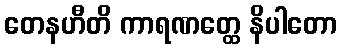
တေနဟီတိ ကာရဏတ္ထေ နိပါတော